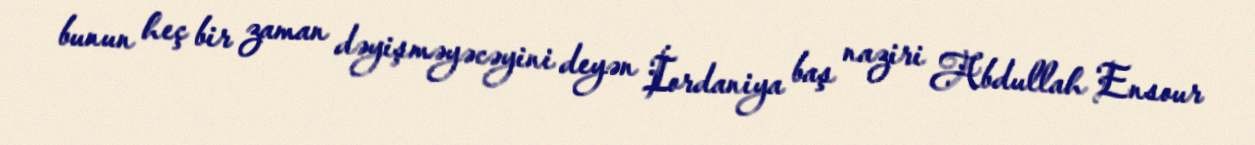
bunun heç bir zaman dəyişməyəcəyini deyən İordaniya baş naziri Abdullah Ensour